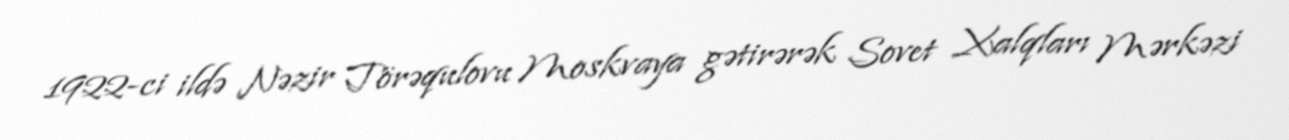
1922-ci ildə Nəzir Törəqulovu Moskvaya gətirərək Sovet Xalqları Mərkəzi